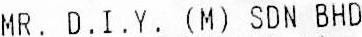
MR. D.I.Y. (M) SDN BHD